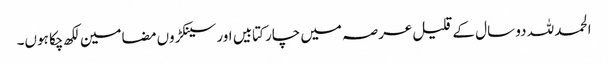
الحمد للہ دو سال کے قلیل عرصہ میں چار کتابیں اور سینکڑوں مضامین لکھ چکا ہوں۔